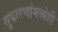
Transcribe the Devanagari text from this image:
सुधारणांमध्येही